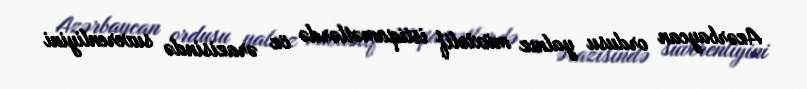
Azərbaycan ordusu yalnız müxtəlif istiqamətlərdə öz ərazisində suverenliyini